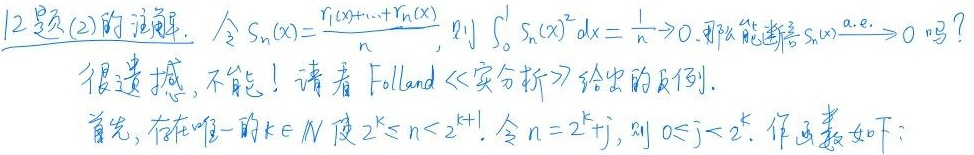
12题(2)的注解. 令$S_{n}(x)=\frac{r_{1}(x)+\cdots +r_{n}(x)}{n}$, 则$\int_{0}^{1}S_{n}(x)^{2}dx=\frac{1}{n}\to 0$. 那么能否推断$S_{n}(x)\xrightarrow{a.e.}0$吗?很遗憾, 不能! 请看Folland《实分析》给出的反例.首先, 存在唯一的$k\in N$使$2^{k}\leq n<2^{k + 1}$. 令$n = 2^{k}+j$, 则$0\leq j<2^{k}$. 作函数如下: